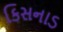
કિસનાડ